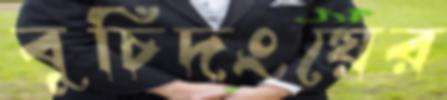
বুচিদংয়ের